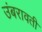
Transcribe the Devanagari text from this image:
उंबरावती